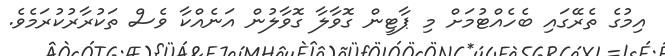
އިމުގެ ތެރޭގައި ބެހެއްޓުމަށް މި ޕާޓީން ގޮވާލާ ގޮވާލުން އަނެއްކާ ވެސް ތަކުރާރުކުރަމެވެ.